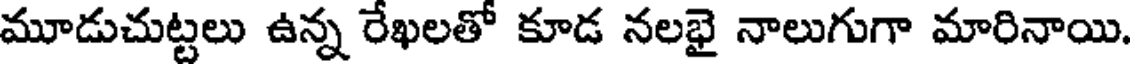
మూడుచుట్టలు ఉన్న రేఖలతో కూడ నలభై నాలుగుగా మారినాయి.